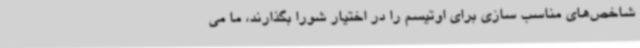
شاخص‌های مناسب سازی برای اوتیسم را در اختیار شورا بگذارند، ما می‌